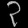
Digit: ၃